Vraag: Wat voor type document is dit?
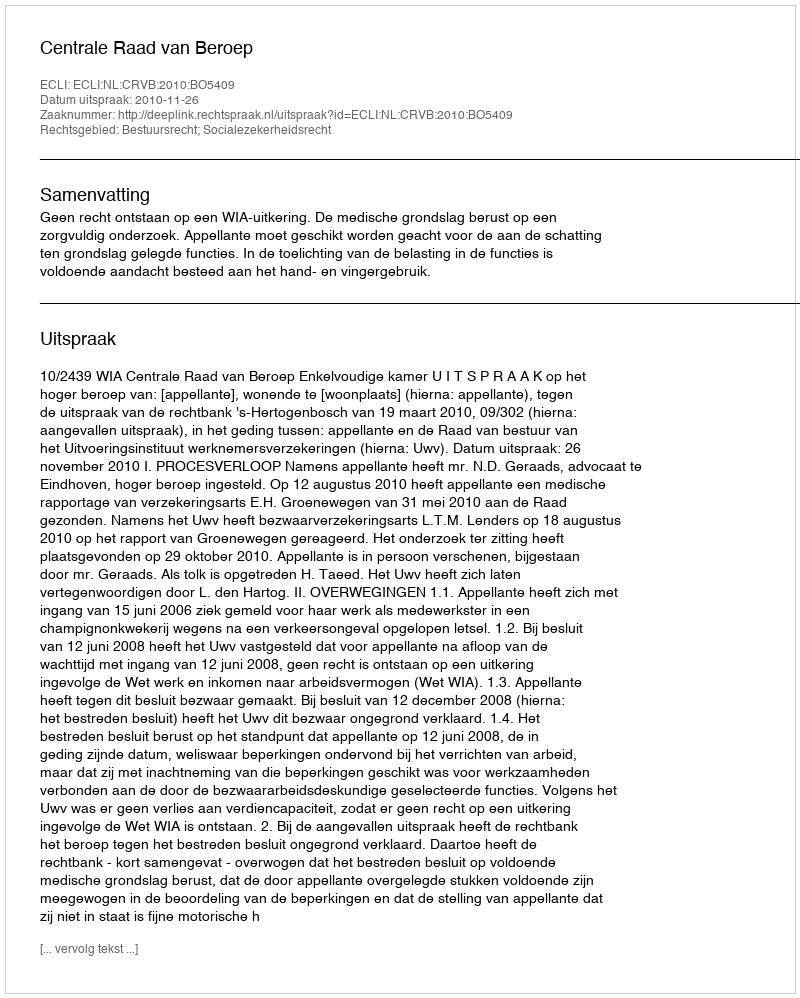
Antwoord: Uitspraak